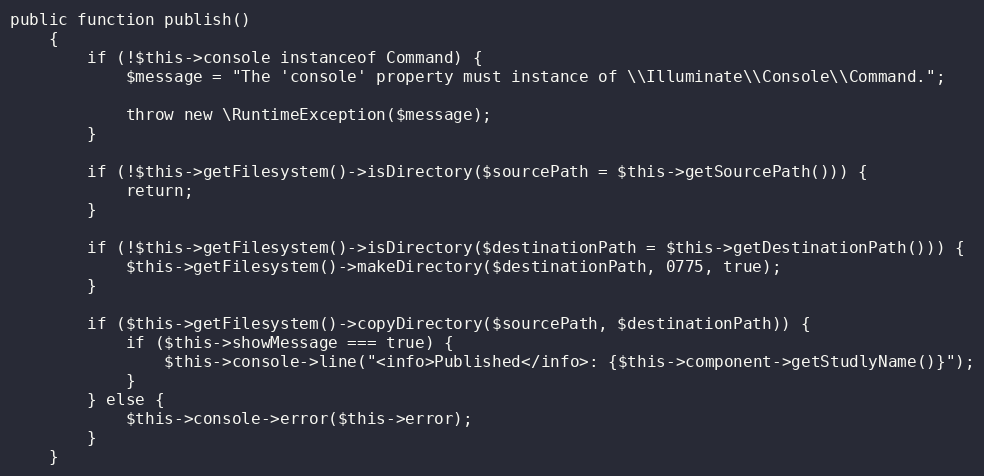
Language: PHP
public function publish()
    {
        if (!$this->console instanceof Command) {
            $message = "The 'console' property must instance of \\Illuminate\\Console\\Command.";

            throw new \RuntimeException($message);
        }

        if (!$this->getFilesystem()->isDirectory($sourcePath = $this->getSourcePath())) {
            return;
        }

        if (!$this->getFilesystem()->isDirectory($destinationPath = $this->getDestinationPath())) {
            $this->getFilesystem()->makeDirectory($destinationPath, 0775, true);
        }

        if ($this->getFilesystem()->copyDirectory($sourcePath, $destinationPath)) {
            if ($this->showMessage === true) {
                $this->console->line("<info>Published</info>: {$this->component->getStudlyName()}");
            }
        } else {
            $this->console->error($this->error);
        }
    }